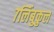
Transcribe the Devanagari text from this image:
७लिंबुकुल